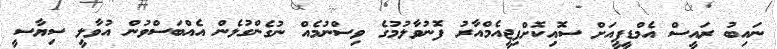
ނައިބު ރައީސް އެމްޑީޕީއަށް ސޮއިކޮށްފިޖީއެމްއާރު ފޮނުވާލުމުގެ ވިސްނުމެއް ނުގެންގުޅެން އެއްބަސްވުން އުވާލީ ސިޔާސީ